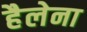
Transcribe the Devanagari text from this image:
हैलेना